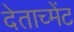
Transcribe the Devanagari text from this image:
देताच्मेंट